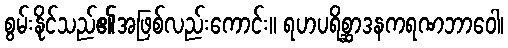
စွမ်းနိုင်သည်၏အဖြစ်လည်းကောင်း။ ရဟပရိစ္ဆာဒနကရဏဘာဝေါ၊